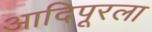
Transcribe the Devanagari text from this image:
आदिपूरला